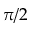
\pi / 2